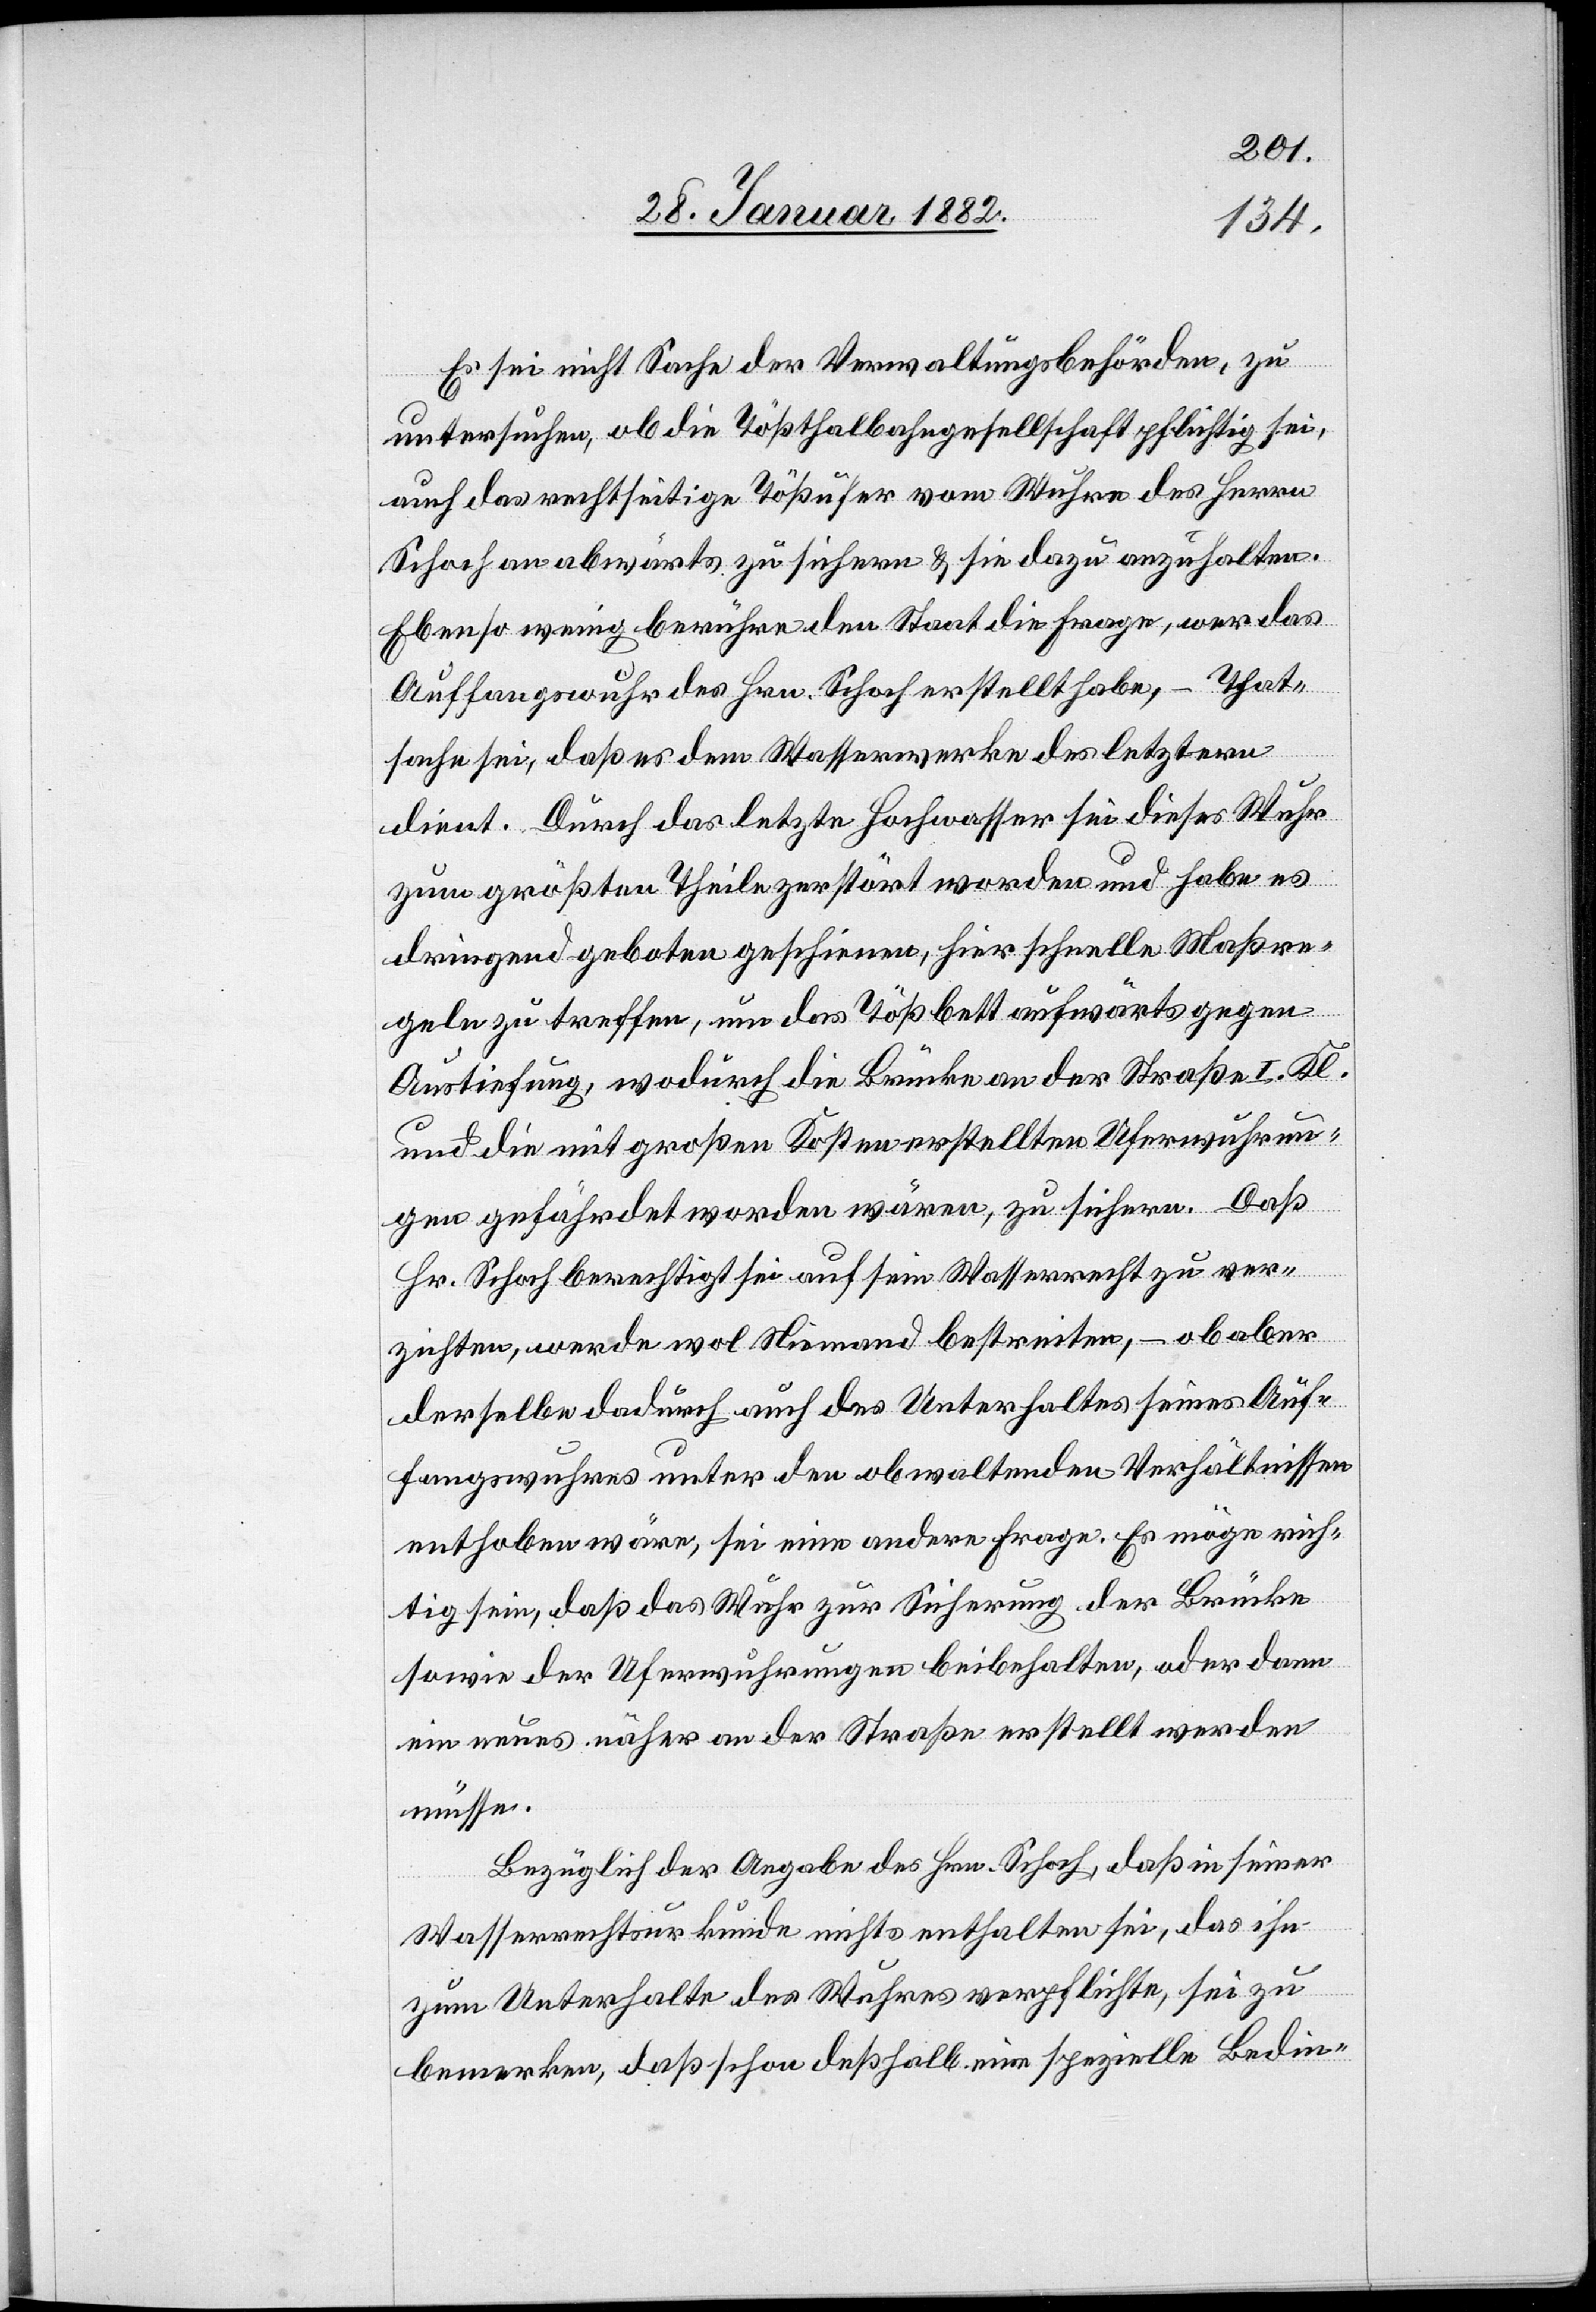
Es sei nicht Sache der Verwaltungsbehörden, zu
untersuchen, ob die Tößthalbahngesellschaft pflichtig sei,
auch das rechtseitige Tößufer vom Wuhre des Herrn
Schoch an abwärts zu sichern & sie dazu anzuhalten.
Ebenso wenig berühre den Staat die Frage, wer das
Auffangswuhr des Hrn. Schoch erstellt habe, – That¬
sache sei, daß es dem Wasserwerke des Letzteren
dient. Durch das letzte Hochwasser sei dieses Wuhr
zum größten Theile zerstört worden und habe es
dringend geboten geschienen, hier schnelle Maßre¬
geln zu treffen, um das Tößbett aufwärts gegen
Austiefung, wodurch die Brücke an der Straße I. Kl.
und die mit großen Kosten erstellten Uferwuhrun¬
gen gefährdet worden wären, zu sichern. Daß
Hr. Schoch berechtigt sei auf sein Wasserrecht zu ver¬
zichten, werde wol Niemand bestreiten, – ob aber
derselbe dadurch auch des Unterhaltes seines Auf¬
fangswuhres unter den obwaltenden Verhältnissen
enthoben wäre, sei eine andere Frage. Es möge rich¬
tig sein, daß das Wuhr zur Sicherung der Brücke
sowie der Uferwuhrungen beibehalten, oder dann
ein neues näher an der Straße erstellt werden
müsse.
Bezüglich der Angabe des Hrn. Schoch, daß in seiner
Wasserrechtsurkunde nichts enthalten sei, das ihn
zum Unterhalte des Wuhres verpflichte, sei zu
bemerken, daß schon deßhalb eine spezielle Bedin¬

g-